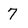
Character: 7